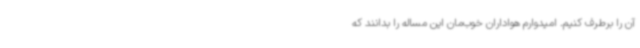
آن را برطرف کنیم. امیدوارم هواداران خوب‌مان این مساله را بدانند که